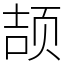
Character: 颉